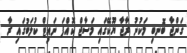
ގަންޖާ ބޮނބި މަކުނު ރާޖާ ޔޫކޭގައި މަސާޖް ކޮއްފަ ނައިޓް ކުލަބުގައި ރާ